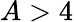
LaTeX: A>4